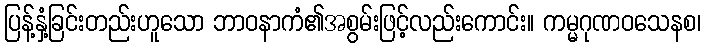
ပြန့်နှံ့ခြင်းတည်းဟူသော ဘာဝနာကံ၏အစွမ်းဖြင့်လည်းကောင်း။ ကမ္မဂုဏဝသေနစ၊